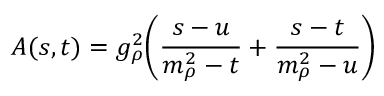
A ( s , t ) = g _ { \rho } ^ { 2 } \biggl ( { \frac { s - u } { m _ { \rho } ^ { 2 } - t } } + { \frac { s - t } { m _ { \rho } ^ { 2 } - u } } \biggr )